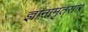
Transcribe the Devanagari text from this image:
ज्ञानामृतसार